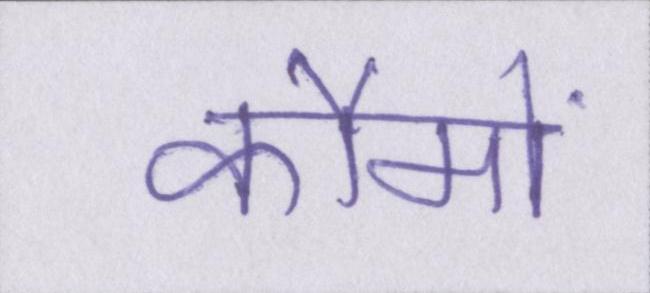
कौमों